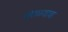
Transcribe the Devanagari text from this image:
घंगाळ्याचा